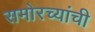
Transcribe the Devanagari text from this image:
समोरच्यांची